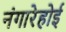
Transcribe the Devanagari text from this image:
नंगारेहोई